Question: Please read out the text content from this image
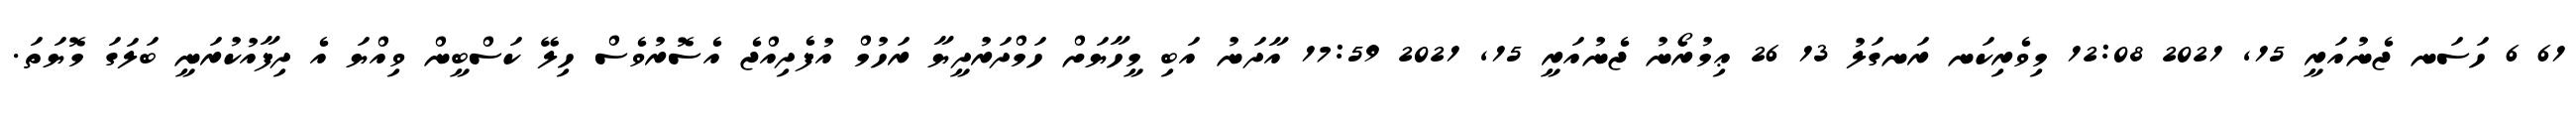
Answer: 61 6 ހަސަނ ޖެނުއަރީ 15, 2021 12:08 މިވެރިކަނ ރަނގަލު 13 26 ޢިމުރޯނު ޖެނުއަރީ 15, 2021 17:59 އާދަނު އަބި މީހާޔަށް ހަމްދަރުދީޔާ ރަހުމް އުފެދިއްޖެ އެސޮރުވެސް ހިލޭ ކަސްބީން ވިއްޔަ އެ ދިފާއުކުރަނީ ބަލަގަ މޮޔަތަ.